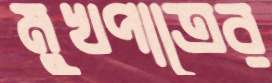
মুখপাত্রের